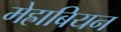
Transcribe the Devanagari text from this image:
मेह्राबियन